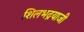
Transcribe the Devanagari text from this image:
शिलभद्रयाजी